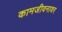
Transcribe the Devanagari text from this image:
कामजीवनावर